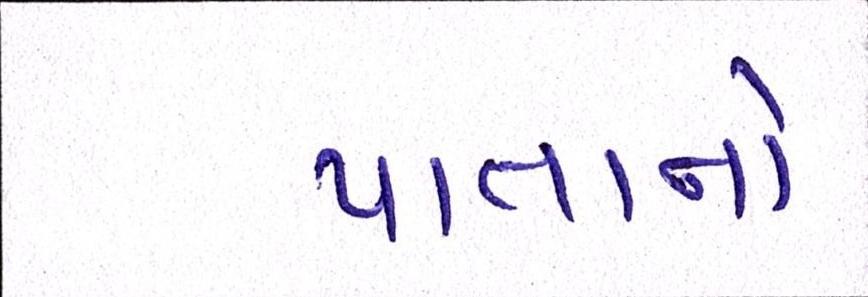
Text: પાતાનો